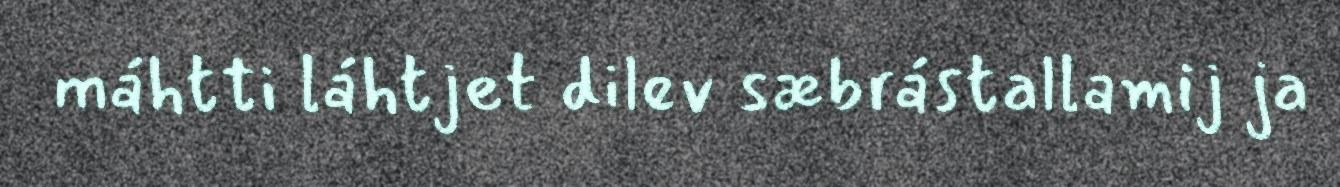
máhtti láhtjet dilev sæbrástallamij ja